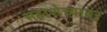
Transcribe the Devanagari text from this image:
सहाशेच्यावर